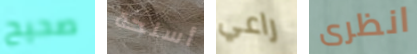
صحيح أسلحة راعي انظرى